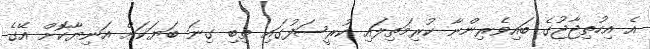
އެ އިހުތިޖާޖުގެ ބައިވެރިންނާ ކުރިމަތިލައި ކުރީސަފުގައި ތިބި ގިނަ ބަޔަކަށް އަނިޔާކޮށް އޭގެ